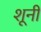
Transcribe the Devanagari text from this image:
शूनी